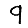
Digit: 9